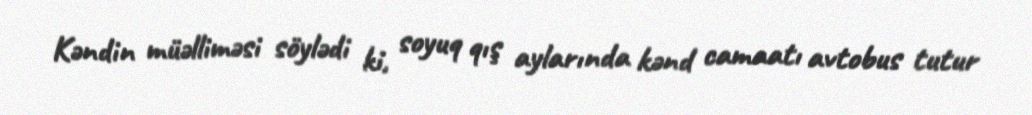
Kəndin müəlliməsi söylədi ki, soyuq qış aylarında kənd camaatı avtobus tutur